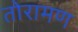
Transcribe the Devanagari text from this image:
तोरामण